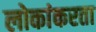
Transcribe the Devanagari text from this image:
लोकांकरता